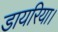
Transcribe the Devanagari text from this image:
डायरिया।